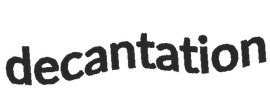
decantation